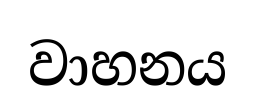
වාහනය